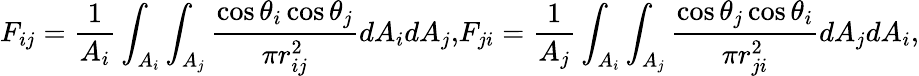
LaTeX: F_{ij}=\frac{1}{A_{i}}\int_{A_{i}}\int_{A_{j}}\frac{\cos{\theta_{i}}\cos{\theta_{j}}}{\pi r_{ij}^{2}}dA_{i}dA_{j}{,}F_{ji}=\frac{1}{A_{j}}\int_{A_{i}}\int_{A_{j}}\frac{\cos{\theta_{j}}\cos{\theta_{i}}}{\pi r_{ji}^{2}}dA_{j}dA_{i}{,}